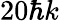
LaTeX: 20\hbar k